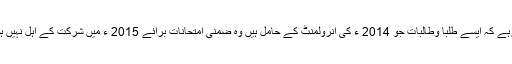
واضح رہے کہ ایسے طلبا وطالبات جو 2014 ء کی انرولمنٹ کے حامل ہیں وہ ضمنی امتحانات برائے 2015 ء میں شرکت کے اہل نہیں ہوں گے۔